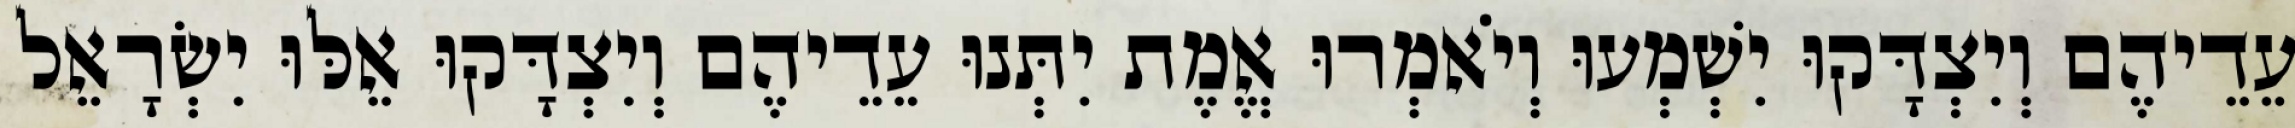
עֵדֵיהֶם וְיִצְדָּקוּ יִשְׁמְעוּ וְיֹאמְרוּ אֱמֶת יִתְּנוּ עֵדֵיהֶם וְיִצְדָּקוּ אֵלּוּ יִשְׂרָאֵל